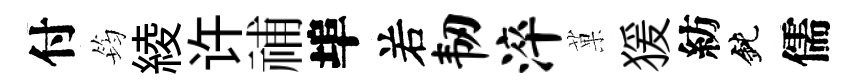
付筠綾许𥙷埠𠰥韧淬菓猨紡鈍儒